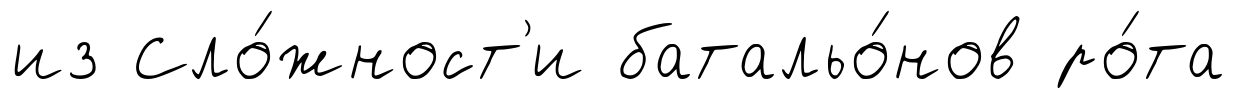
из Сло́жност'и батальо́нов ро́та